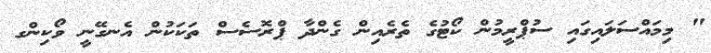
" މިމައްސަލައިގައި ސުޕްރީމުން ކޯޓުގެ ތެރެއިން ގެންދާ ޕްރޮސެސް ތަކަކުން އެނގޭނީ ވޯކިންގ